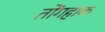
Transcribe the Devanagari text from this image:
तोंगहाक